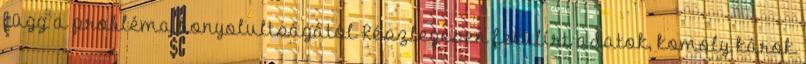
függ a probléma bonyolultságától Részlegesen felülírt adatok, komoly károk